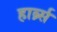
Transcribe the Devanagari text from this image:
हार्ब्र्स